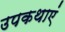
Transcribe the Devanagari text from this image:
उपकथाएं